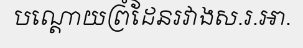
បណ្តោយព្រំដែនរវាងស.រ.អា.